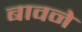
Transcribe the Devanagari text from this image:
बावने